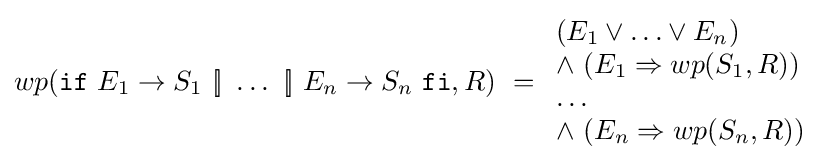
wp({\texttt {if}}\ E_{1}\rightarrow S_{1}\ [\!]\ \ldots \ [\!]\ E_{n}\rightarrow S_{n}\ {\texttt {fi}},R)\ ={\begin{array}{l}(E_{1}\vee \ldots \vee E_{n})\\\wedge \ (E_{1}\Rightarrow wp(S_{1},R))\\\ldots \\\wedge \ (E_{n}\Rightarrow wp(S_{n},R))\\\end{array}}